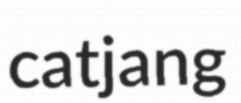
catjang